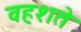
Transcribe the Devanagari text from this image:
वहशते